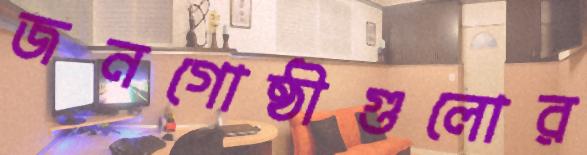
জনগোষ্ঠীগুলোর